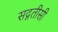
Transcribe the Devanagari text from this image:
सद्गतीसी